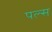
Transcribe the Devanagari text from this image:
पल्‍स